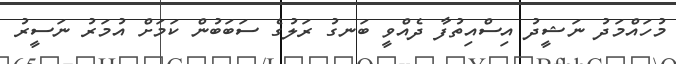
މުހައްމަދު ނަޝީދު އިސްއިތުފާ ދެއްވީ ބަނގު ރަލުގެ ސަބަބުން ކަމަށް އުމަރު ނަސީރު